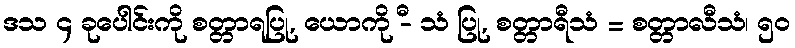
ဒသ ၄ ခုပေါင်းကို စတ္တာရပြု, ယောကို -ီ သံ ပြု, စတ္တာရီသံ = စတ္တာလီသံ၊ ၅၀